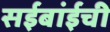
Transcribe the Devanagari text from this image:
सईबांईची